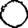
Digit: 0